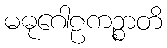
မဓုဂေါဠကဉ္စာတိ